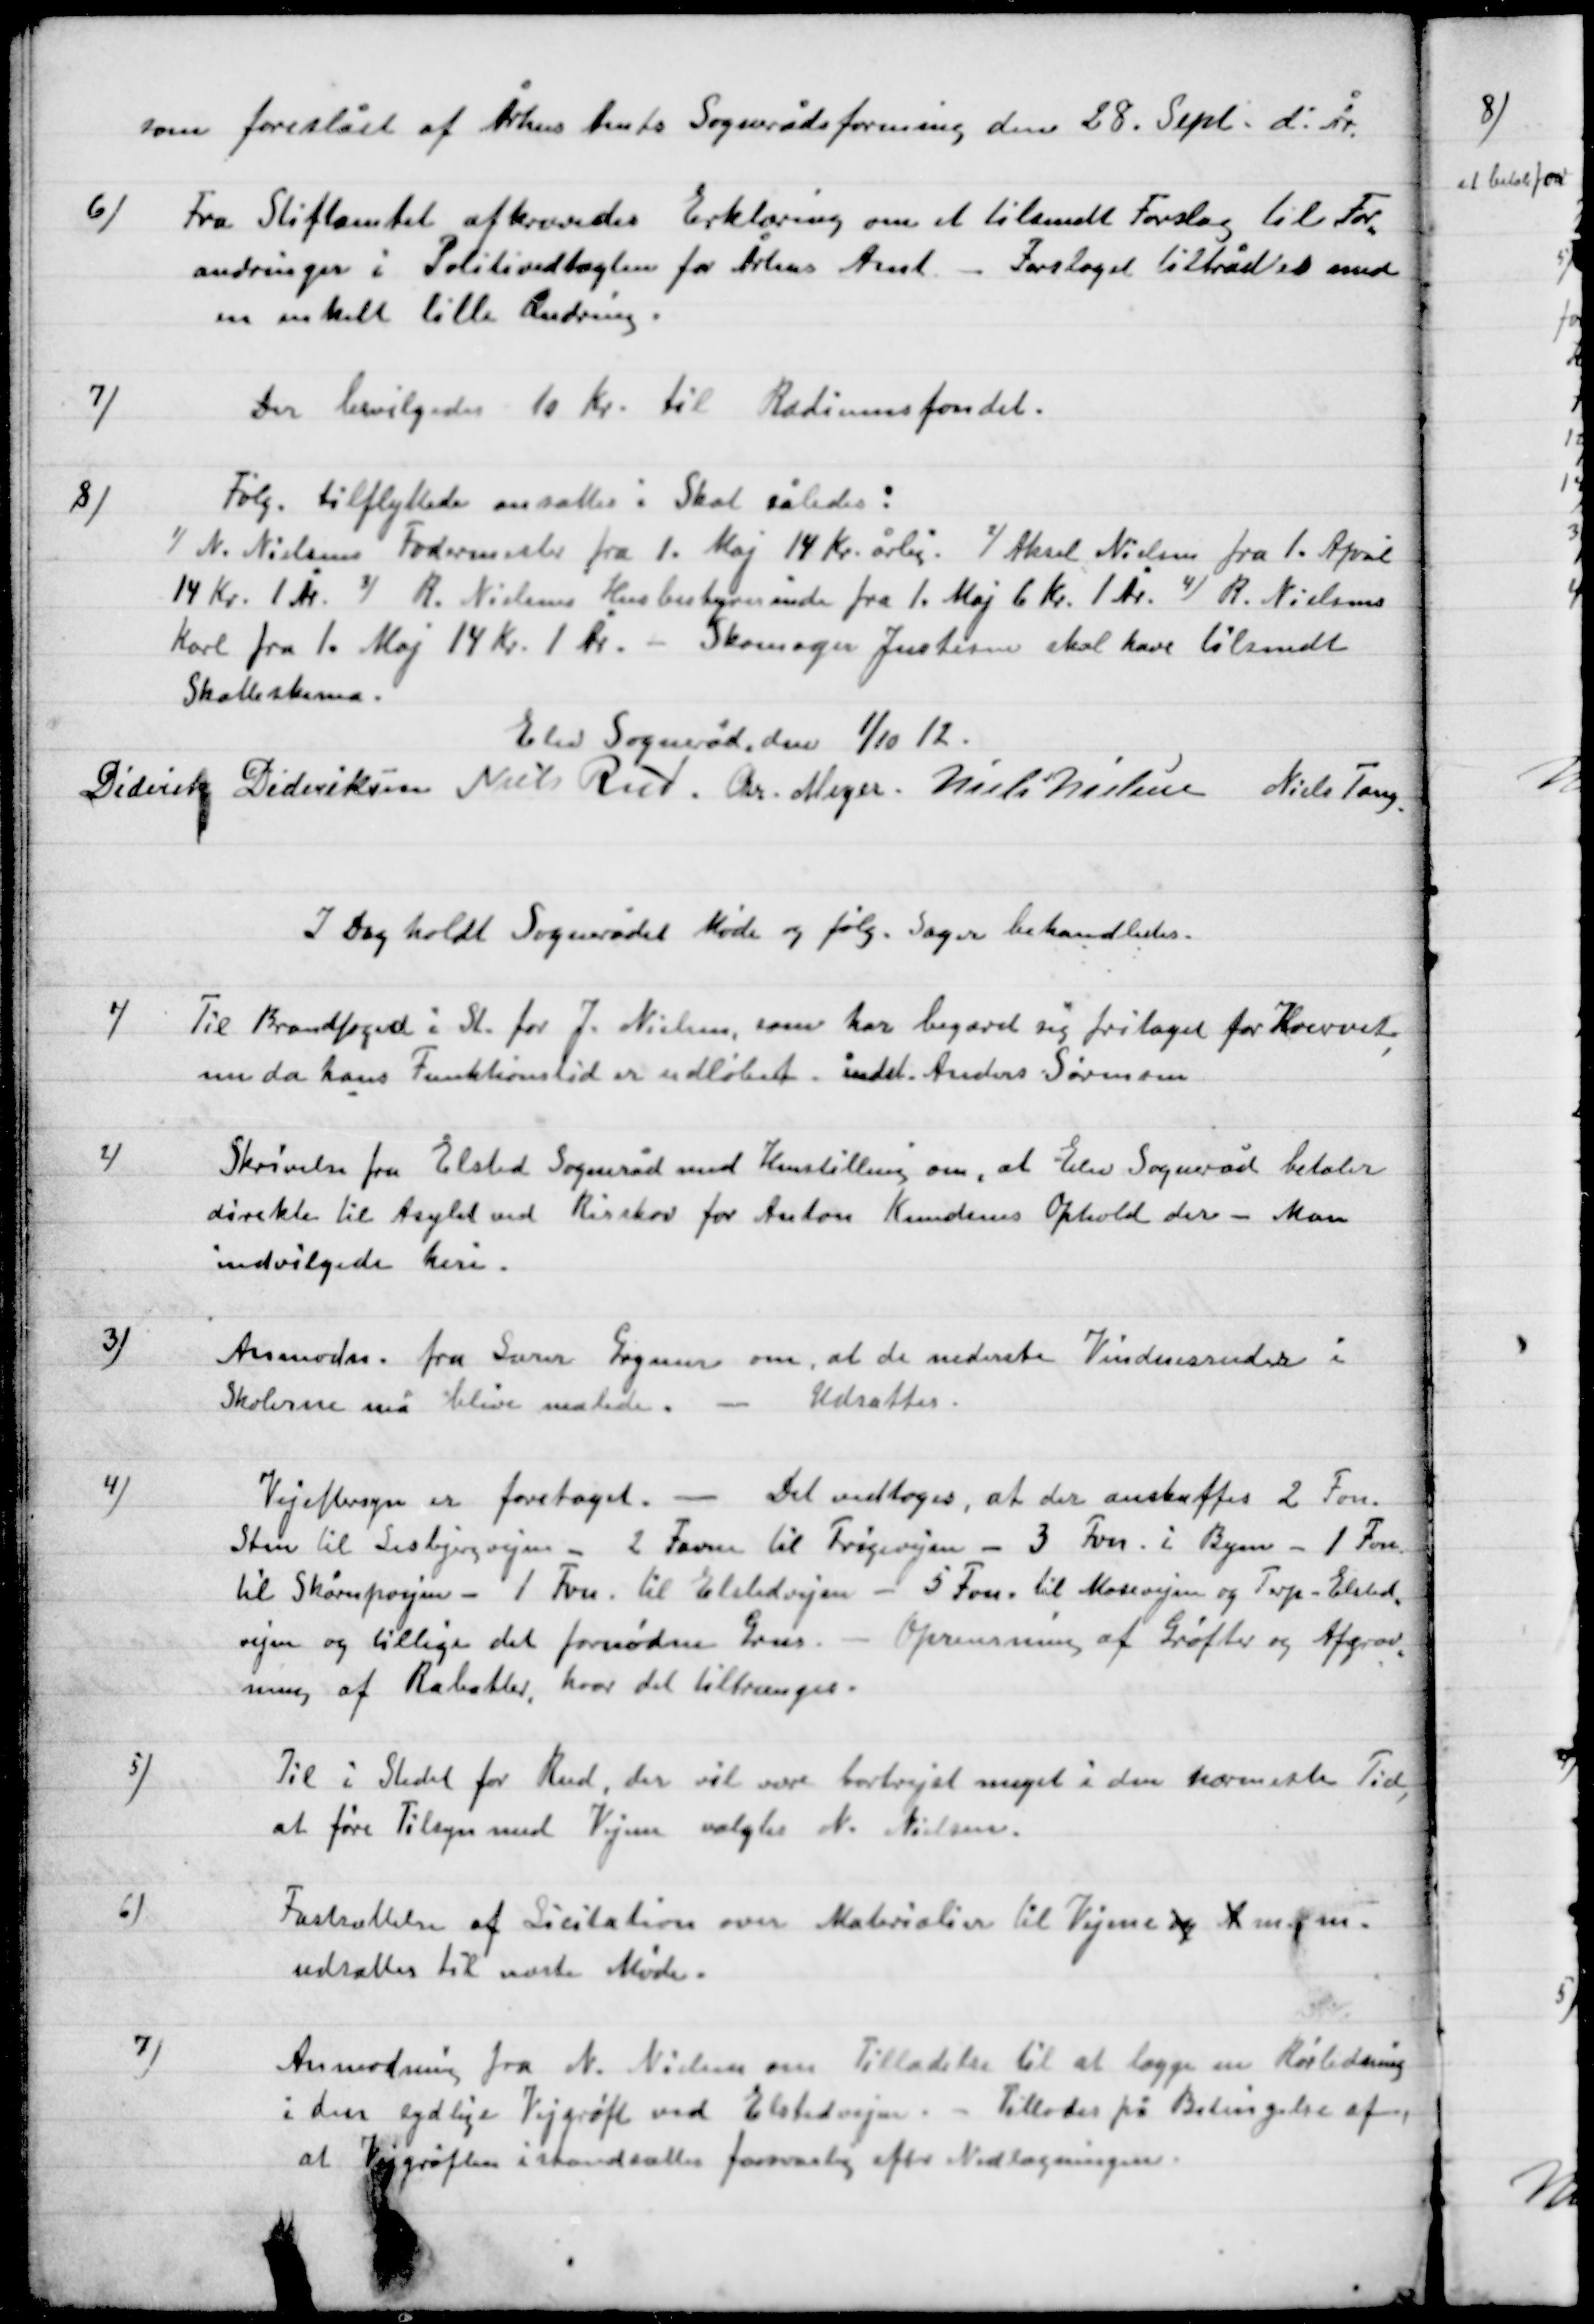
Transskription:
som foreslået af Århus Amts Sognerådsforening den 28 Sept. d. År.

6)

Fra Stiftsamtet afkræves Erklæring om at tilsende Forslag til For-
andringer i Politivedtægten for Århus Amt – Forslaget tiltrådt med
en enkelt lille Ændring.

7)

Der bevilgedes 10 Kr. Radiums fondet.

8)

Følg. Tilflyttere ansættes i Skat således:
1)N. Nielsens Fodermester fra 1. Maj 14 Kr. årlig. 1) Aksel Nielsen fra 1. April
14 Kr. 1 År. 2) R. Nielsens Husbestyrerinde fra 1. Maj 6 Kr. 1 År. 4) R. Nielsen
Karl fra 1. Maj 14 Kr. 1 År. – Skomager Justesen skal have tilsendt
Skatteskema.

Elev Sogneråd den 1/10 12.

Diderik Dideriksen
Niels Rud
Chr. Meyer
Niels Nielsen
Niels Tang.

I Dag holdt Sognerådet Møde og følg. Sager behandledes.

1)

Til Brandfoged St. for J. Nielsen, som har begæret sig fritaget for Hvervet
nu da hans Funktionstid er udløbet indtil Anders Sørensen.

2)

Skrivelse fra Elsted Sogneråd med Henstilling om, at Elev Sogneråd betaler
direkte til Asylet ved Risskov for Anton Knudsens Ophold der – Man
indvilgede heri.

3)

Anmodn. Fra Lærer Grymer om. at de nederste Vinduesruder i
Skolerne må blive malede. – Udsættes.

4)

Vejeftersyn er foretaget. – Det vedtoges, at der anskaffes 2 Fvn.
Sten til Lisbjerg vejen – 2 Favne til Trige vejen – 3 Fvn. i Byen – 1 Fvn.
til Skørping – 1 Fvn. til Elsted vejen – 5 Fvn. til Mosevejen og Terp – Elsted
vejen og tillige det fornødne Grus. – Oprensning af Grøfter og Afgrav-
ning af Rabatter, hvor det tiltrænges.

5)

Til i Stedet for Rud, der vil være bortrejst meget i den nærmeste Tid,
at føre Tilsyn med Vejene valgtes N. Nielsen.

6)

Fastsættelse af Licitation over Materialer til Vejene og A m.m.
udsattes til næste Møde.

7)

Anmodning fra N. Nielsen om Tilladelse til at lægge en Rørledning
I den sydlige Vejgrøft ved Elsted vejen. – Tillodes på Betingelse af
at Vejgrøften istandsættes forsvarlig efter Nedlægningen.